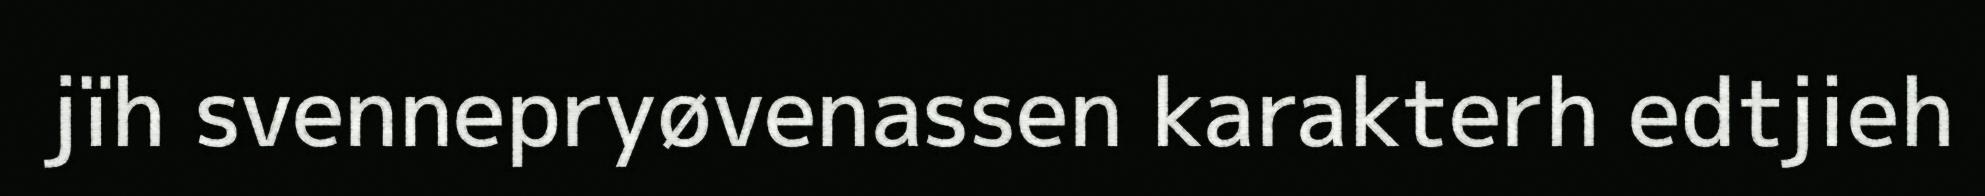
jïh svennepryøvenassen karakterh edtjieh